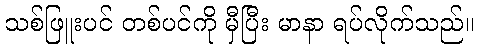
သစ်ဖြူးပင် တစ်ပင်ကို မှီပြီး မာနာ ရပ်လိုက်သည်။